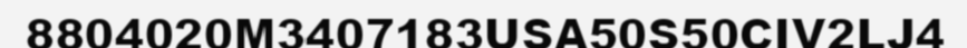
8804020M3407183USA50S50CIV2LJ4